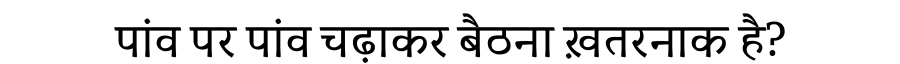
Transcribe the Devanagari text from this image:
पांव पर पांव चढ़ाकर बैठना ख़तरनाक है?